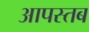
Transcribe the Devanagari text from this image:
आपस्तब